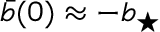
\bar { b } ( 0 ) \approx - \ensuremath { b _ { \star } }